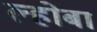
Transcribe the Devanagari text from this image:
ल्होबा